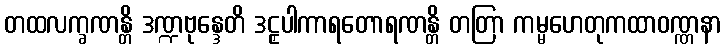
တထလက္ခဏန္တိ ဒဏ္ဍဗုန္ဒေတိ ဒဠှပါကာရတောရဏန္တိ တတြာ ကမ္မဟေတုကထာဝဏ္ဏနာ